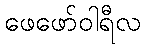
ဖေဖော်ဝါရီလ